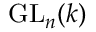
\operatorname { G L } _ { n } ( k )